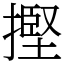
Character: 摼